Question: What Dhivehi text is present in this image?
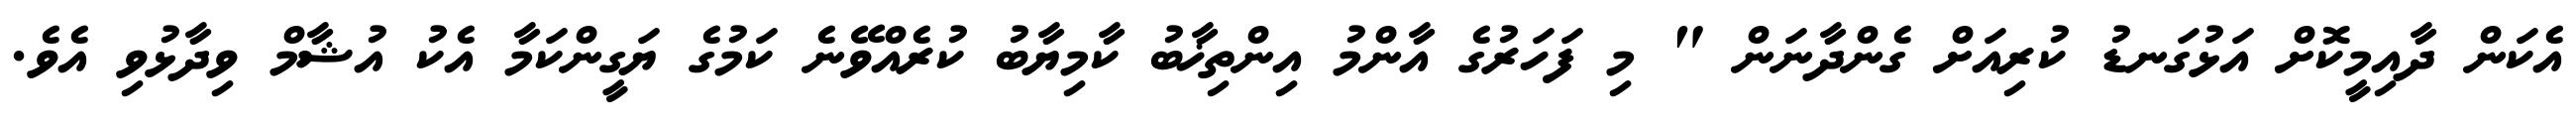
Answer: އެކަން ދާއިމީކޮށް އަޅުގަނޑު ކުރިއަށް ގެންދާނަން " މި ފަހަރުގެ އާންމު އިންތިޚާބު ކާމިޔާބު ކުރެއްވޭނެ ކަމުގެ ޔަގީންކަމާ އެކު އުޝާމް ވިދާޅުވި އެވެ.